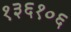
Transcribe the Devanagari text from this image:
१३६१०६